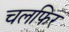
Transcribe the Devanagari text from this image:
चलफिर